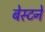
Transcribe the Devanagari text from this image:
बेस्टने